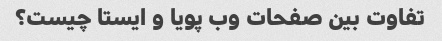
تفاوت بین صفحات وب پویا و ایستا چیست؟